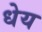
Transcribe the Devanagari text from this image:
धेय